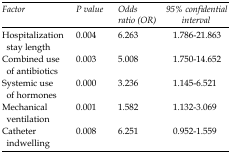
| Factor | P value | Odds ratio (OR) | 95% confidential interval |
 | --- | --- | --- | --- |
 | Hospitalization stay length | 0.004 | 6.263 | 1.786-21.863 |
 | Combined use of antibiotics | 0.003 | 5.008 | 1.750-14.652 |
 | Systemic use of hormones | 0.000 | 3.236 | 1.145-6.521 |
 | Mechanical ventilation | 0.001 | 1.582 | 1.132-3.069 |
 | Catheter indwelling | 0.008 | 6.251 | 0.952-1.559 |